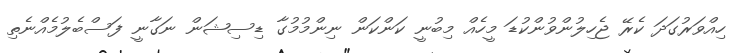
ހިއްވަރުގަދަ ކެރޭ ޖެހިލުންވުންކުޑަ މީހެއް މިބުނީ ކަންކަން ނިންމުމުގާ ޑިސިޝަން ނަގާނީ ފަސްބެލުމެއްނެތި